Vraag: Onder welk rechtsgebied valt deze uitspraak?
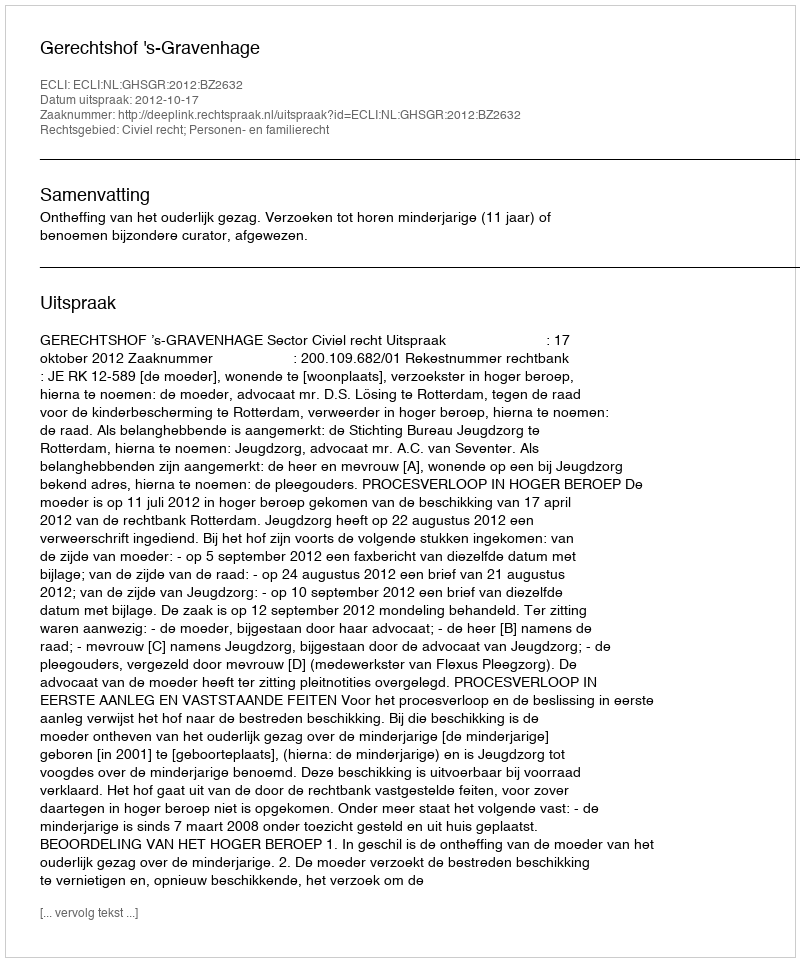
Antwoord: Civiel recht; Personen- en familierecht